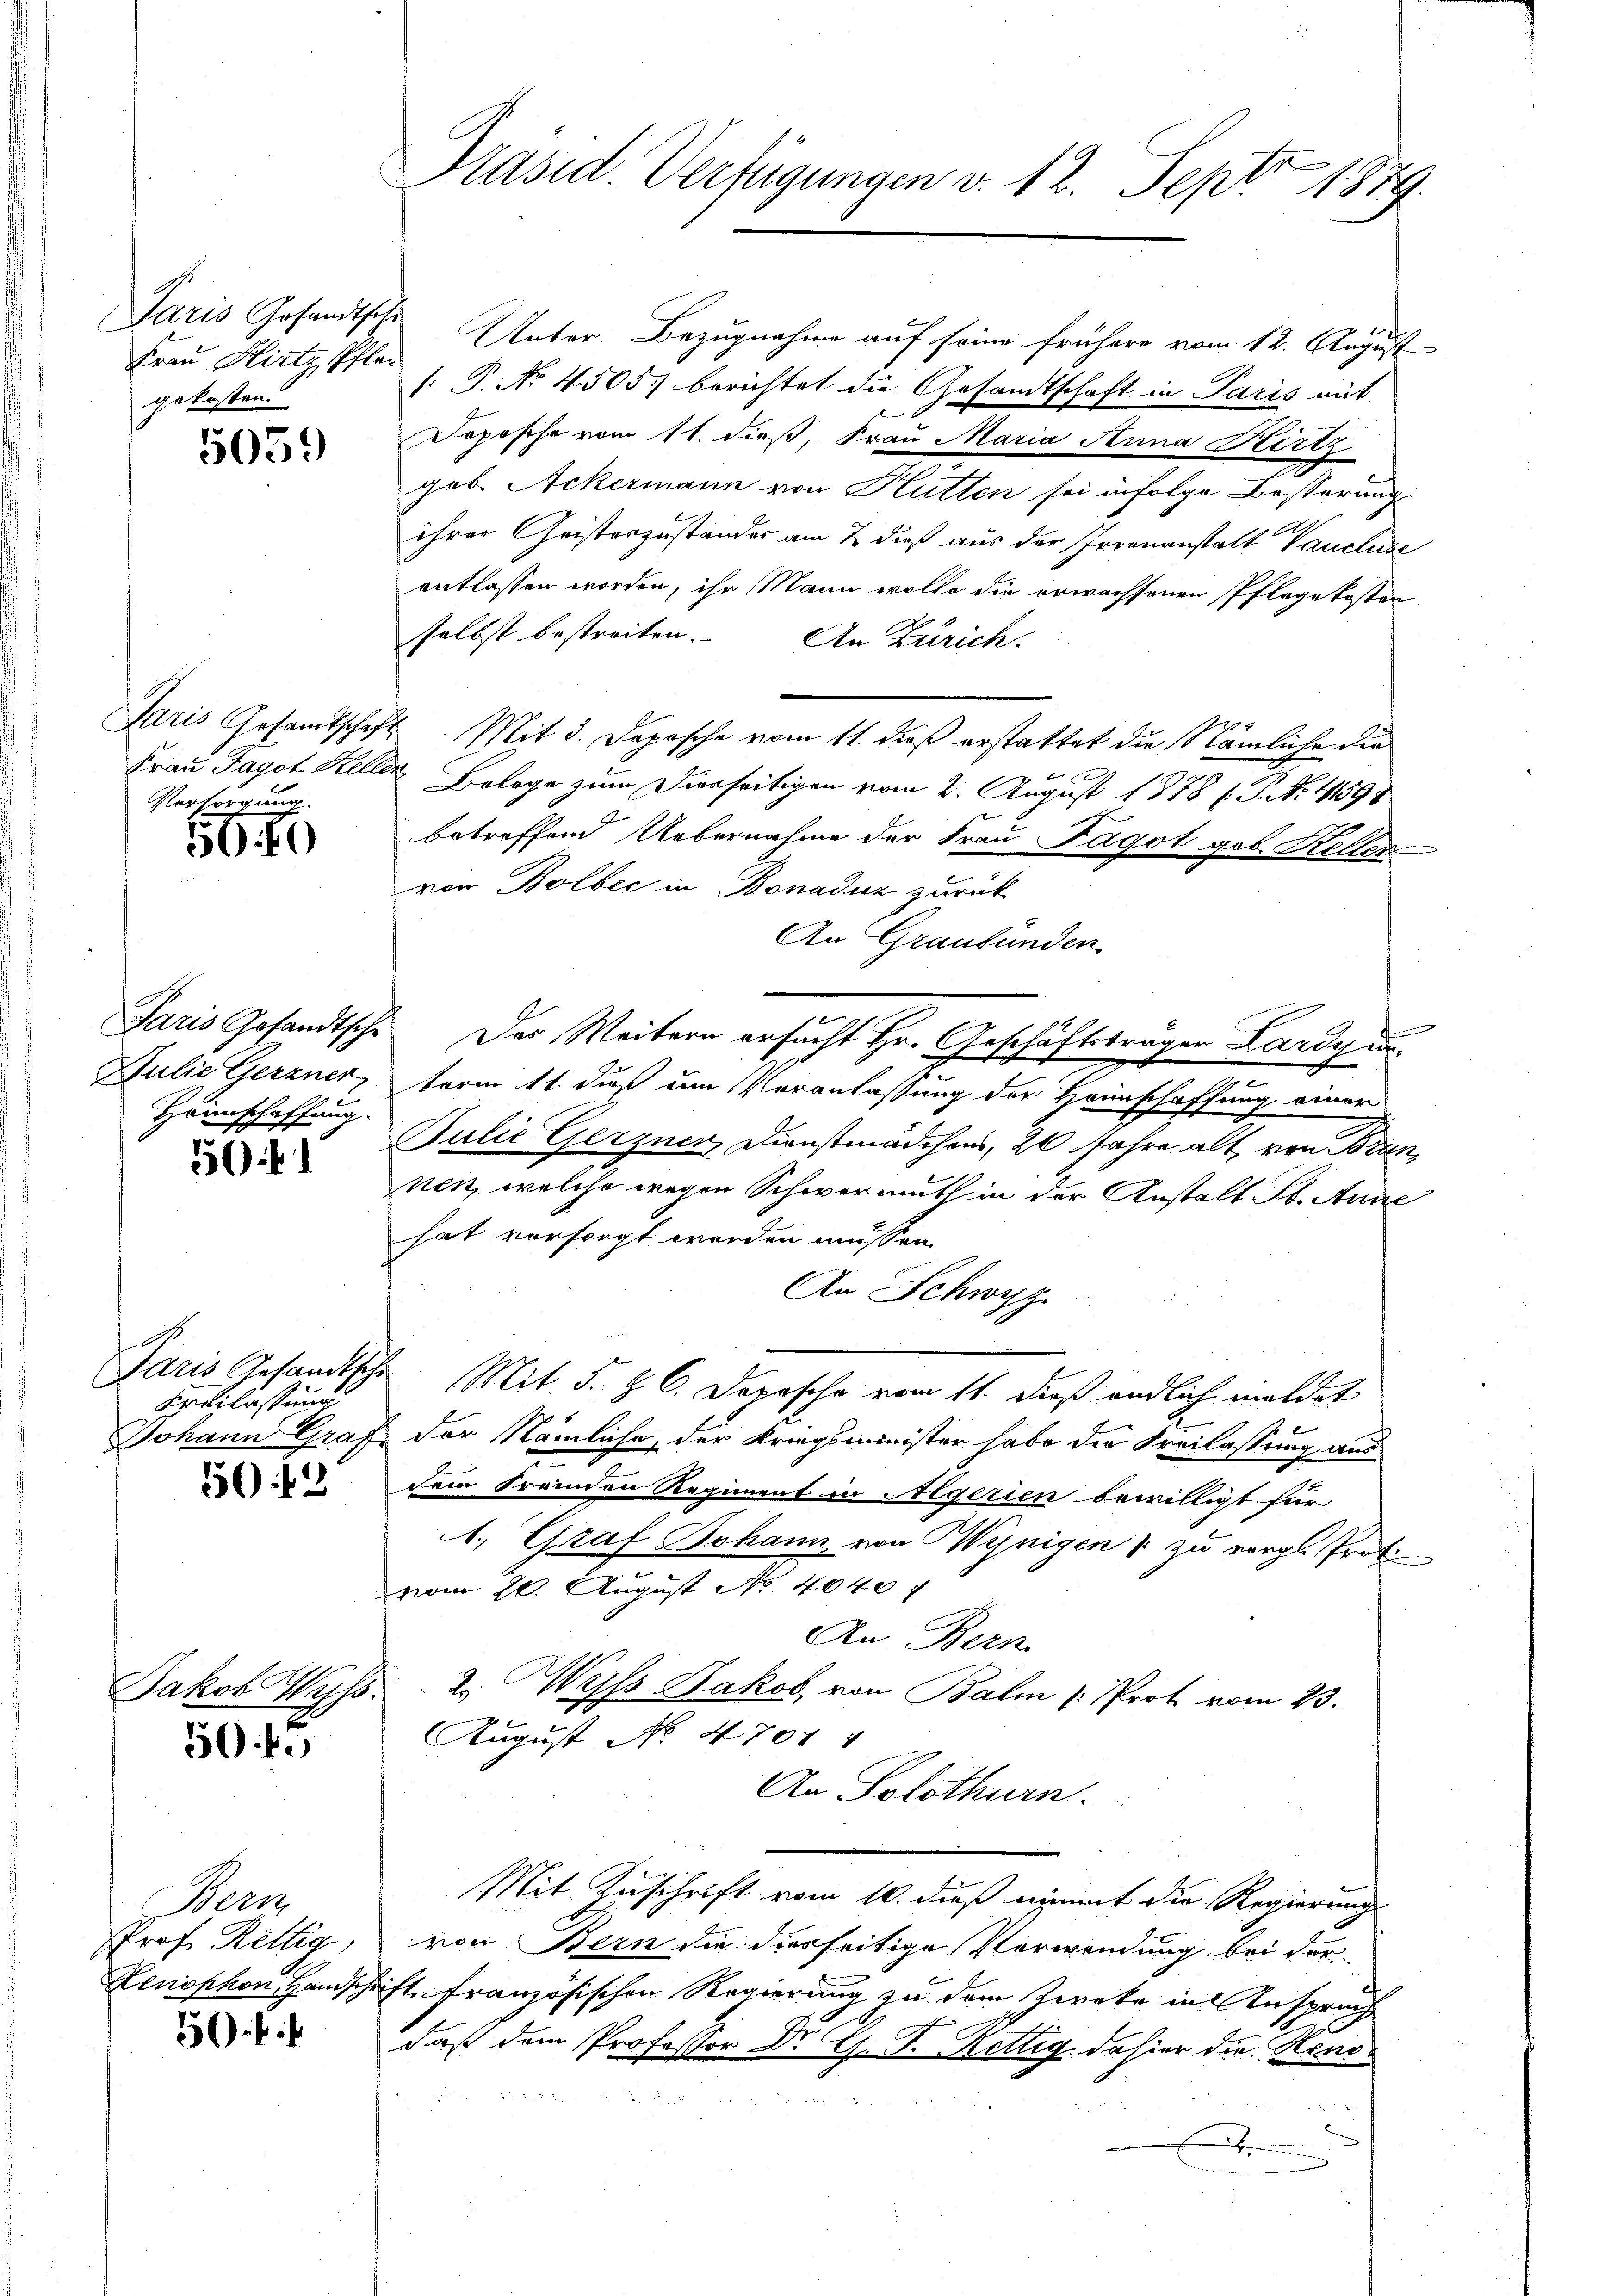
Paris Gesandtsche
Frau Hirtz, Pflan
gekosten.

505.

Frau Fagot Kelle
Versorgung.

500

Paris Gesandtsche
Julie Gerzner,
Haunschaffung.

501

A.
Aaris Gesandtschi
Erblassung

562

Jakob Wyss.

504.

f

äsid. Verfügungen v. 12. Sept 1879.

Wern
Prof. Rettig,

Unter Bezugnahme auf seine frühere vom 12. August
 P. Nr. 4505. berichtet die Gesandtschaft in Paris mit
Depesche vom 11. dieß, Frau Maria Anna Hirtz
geb. Ackermann von Hütten sei infolge Besserungs
ihrer Geisteszustandes am 2. dieß aus der Irrenanstatt Vancluse
entlassen worden, ihr Mann wolle die erwachsenen Pflege kosten
selbst bestreiten. An Zürich.
Paris Gesamtschaft Mit 3. Depesche vom 11. dieß erstattet die Nämliche die
f
.
e Belege zum Dienseitigen vom 2. August 1878 (: P. No. 41598
betreffend Uebernahme der Frau Fagot geb. Keller
von Bolbec in Bonaduz zurück
An Graubünden.
Das Weitern ersucht Hr. Geschäftsträger Lardy un
term 11. daß um Veranlassung der Hannschaffung einer
Julie Gerzner, Dienstmädchens, 20 Jahre alt, von Brannen, welche wegen Schwermuth in der Anstalt St. Ane
hat vorsorgt werden müssen.
An Schwyz
Mit. §. §. 6. Depesche vom 11. dieß endlich meldet
Johann Graf der Nämliche, der Kriegsminister habe die Freilassung aus
dem Freunden Regiment in Algerien bewilligt für
A. Graf Johann von Winigen & zu vergl. Prot
f
vom 20. August No. 4640. 7
An Bern.
2. Wyss Jakob von Balm (Prot vom 23.
x
August No. 4701 4
An Solothurn.
Mit Zuschrift vom 10. dieß nimmt die Regierung
von Bern die diesseitige Verwendung bei der
Zenophon Handschrift französischen Regierung zu dem Zweke in Anspruch
daß dem Professor Dr G. P. Kettig, dahier die Rendx